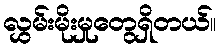
လွှမ်းမိုးမှုတွေရှိတယ်။